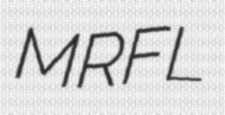
MRFL